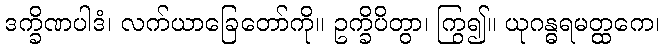
ဒက္ခိဏပါဒံ၊ လက်ယာခြေတော်ကို။ ဥက္ခိပိတွာ၊ ကြွ၍။ ယုဂန္ဓရမတ္ထကေ၊